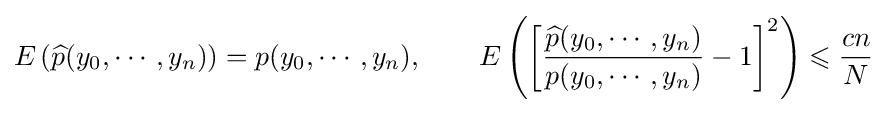
E\left({\widehat {p}}(y_{0},\cdots ,y_{n})\right)=p(y_{0},\cdots ,y_{n}),\qquad E\left(\left[{\frac {{\widehat {p}}(y_{0},\cdots ,y_{n})}{p(y_{0},\cdots ,y_{n})}}-1\right]^{2}\right)\leqslant {\frac {cn}{N}}